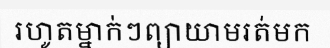
រហូតម្នាក់ៗព្យាយាមរត់មក